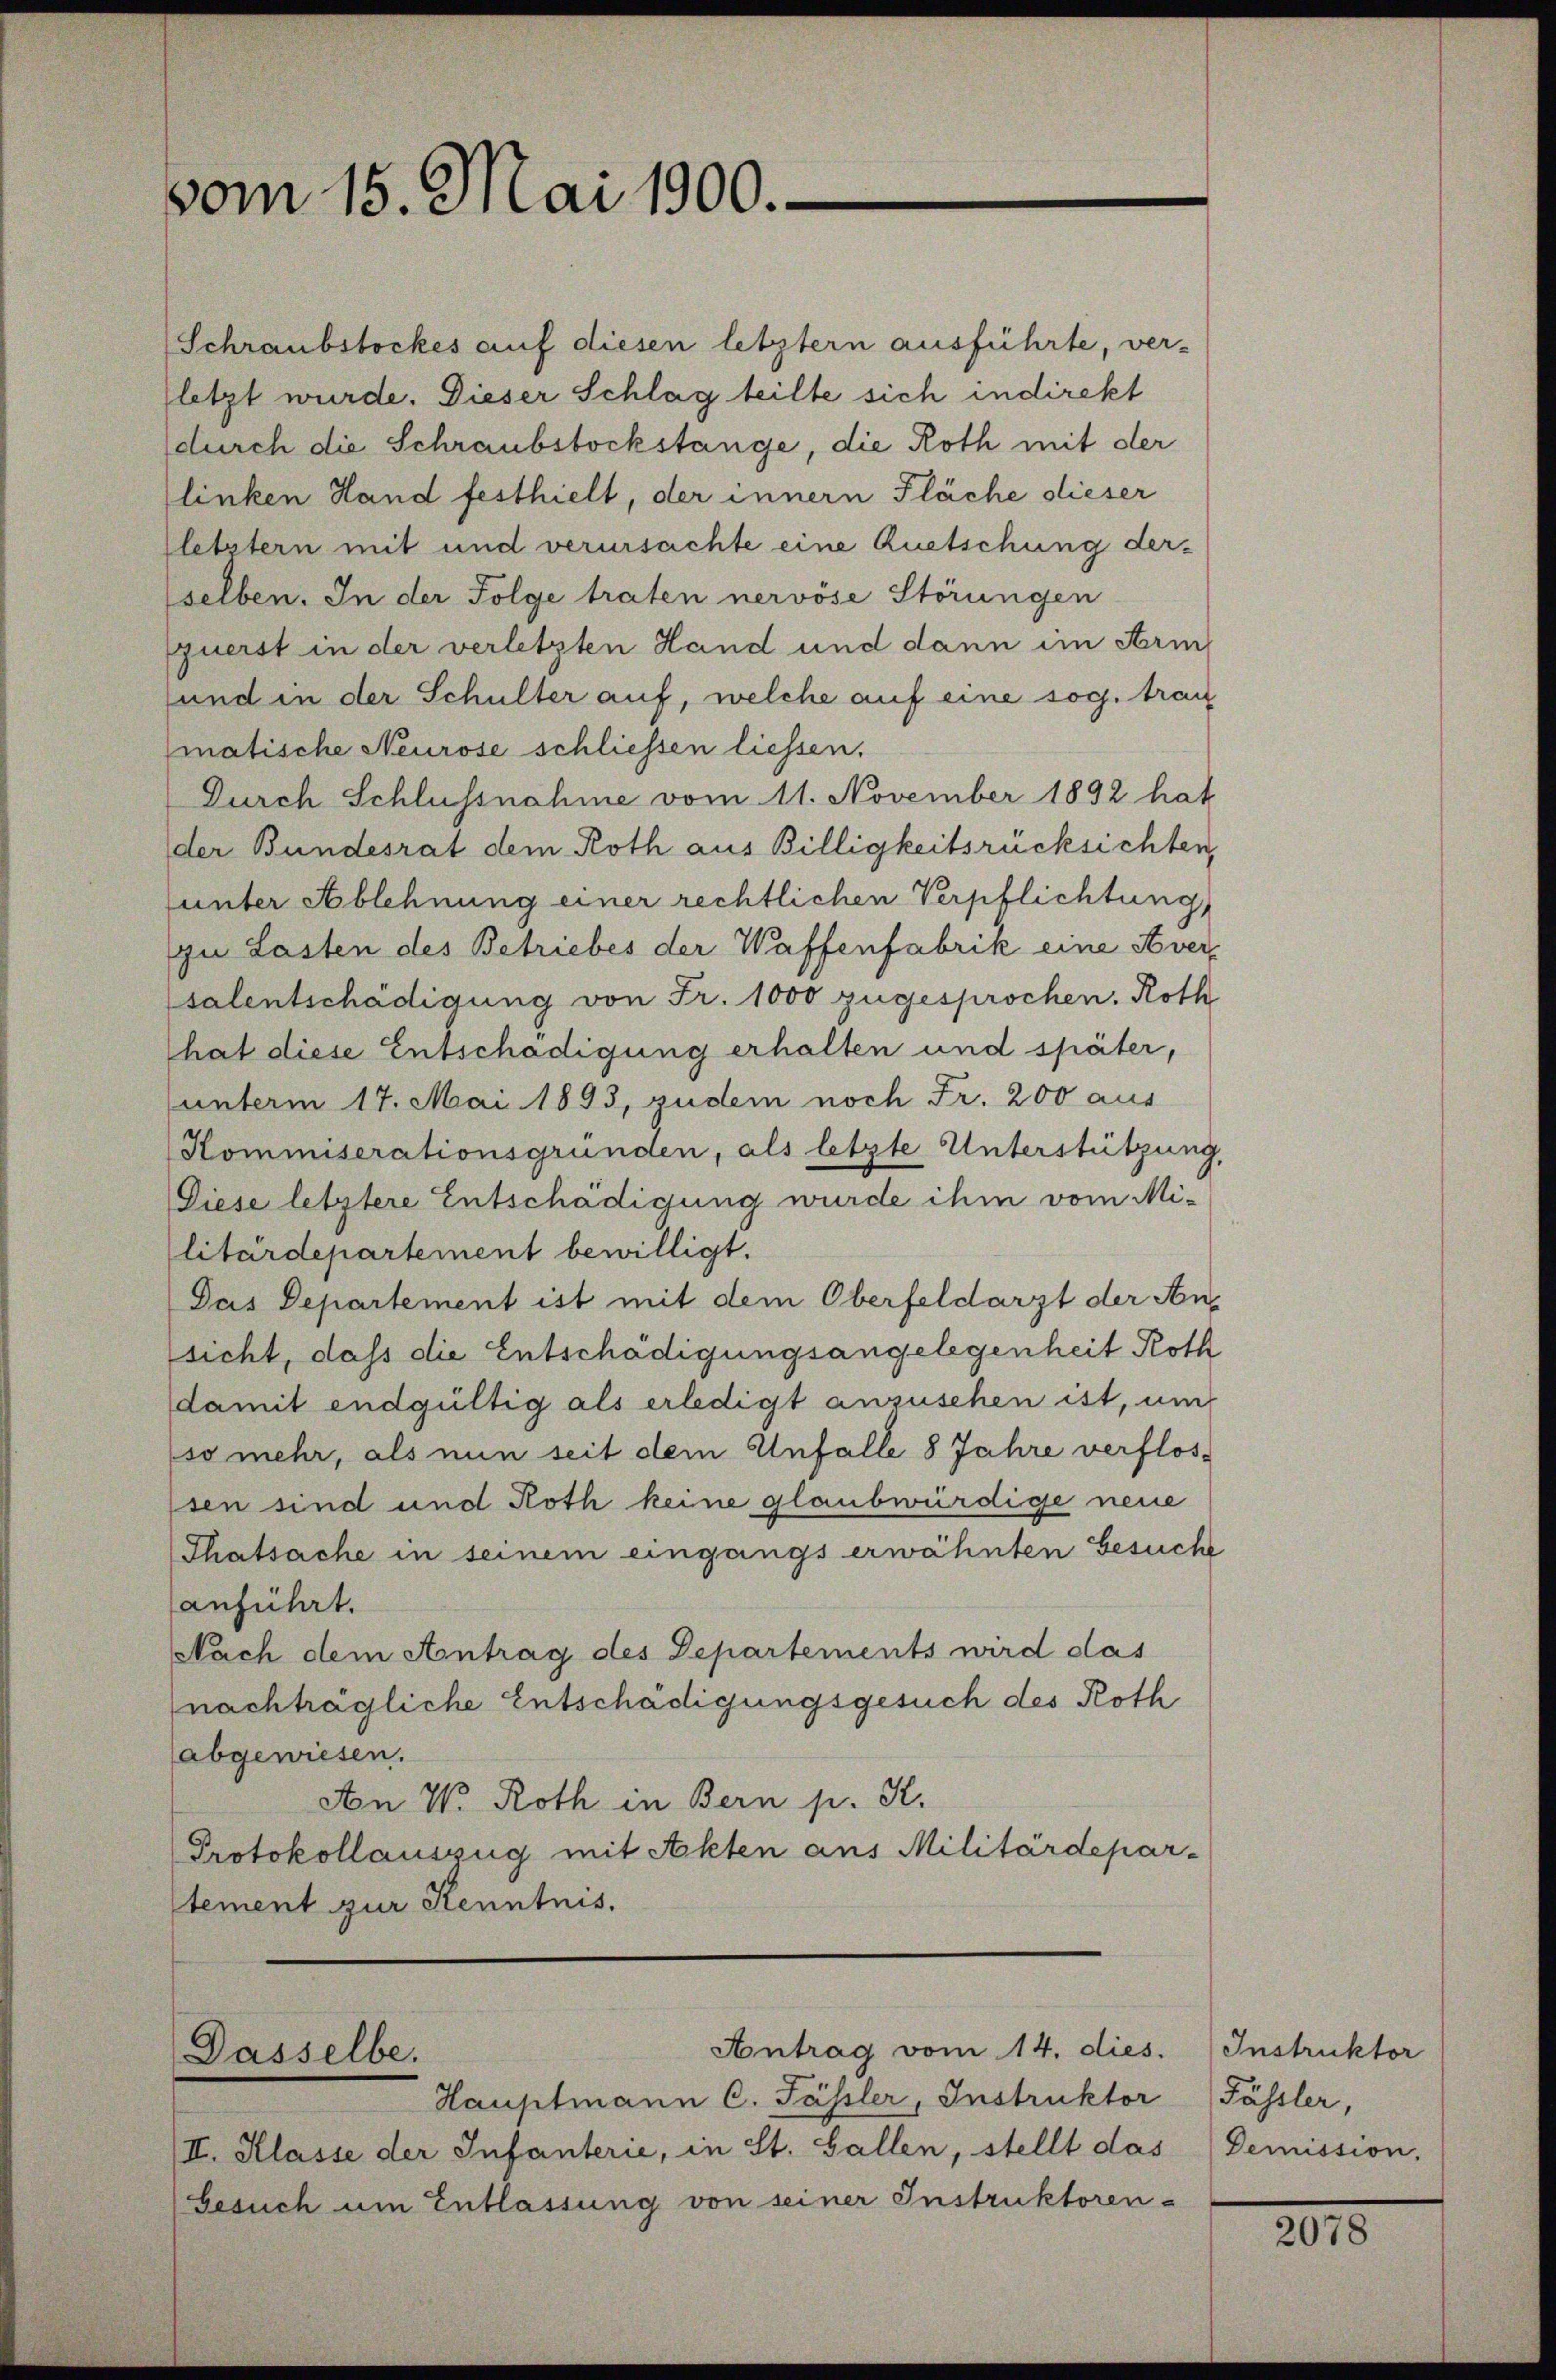
vom 15. Mai 1900.

Schraubstockes auf diesen letztern ausführte, ver-
(letzt wurde. Dieser Schlag teilte sich indirekt
durch die Schraubstockstange, die Roth mit der
linken Hand festhielt, der innern Fläche dieser
letztern mit und verursachte eine Auetschung derselben. In der Folge traten nervöse Störungen
querst in der verletzten Hand und dann im Arin
und in der Schulter auf, welche auf eine sog. trau
matische Neurose schliessen liessen.
Durch Schlussnahme vom 11. November 1892 hat
der Bundesrat dem Roth aus Billigkeitsrücksichten,
unter Ablehnung einer rechtlichen Verpflichtung
zu Lasten des Betriebes der Waffenfabrik eine Aversalentschädigung von Fr. 1000 zugesprochen. Roth
hat diese Entschädigung erhalten und später,
unterm 17. Mai 1893, zudem noch Fr. 200 aus
Kommiserationsgründen, als letzte Unterstützung,
Diese letztere Entschädigung wurde ihm vom Mi-
litärdepartement bewilligt.
Das Departement ist mit dem Oberfeldarzt der Ansicht, dass die Entschädigungsangelegenheit Roth
damit endgültig als erledigt anzusehen ist, um
so mehr, als nun seit dem Unfalle 8 Jahre verflossen sind und Roth keine glaubwürdige neue
Thatsache in seinem eingangs erwähnten Besuche
anführt.
Nach dem Antrag des Departements wird das
nachträgliche Entschädigungsgesuch des Roth
abgewiesen.
An V. Roth in Bern p. K.
Protokollauszug mit Akten aus Militärdepar-
tement zur Kenntnis.

Dasselbe.

Antrag vom 14. dies.

Hauptmann C. Fässler, Instruktor
II. Klasse der Infanterie, in St. Gallen, stellt das Demission,
besuch um Entlassung von seiner Instruktoren-

Instruktor
Fässler,

201